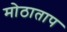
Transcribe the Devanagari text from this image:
मोठाताप